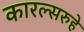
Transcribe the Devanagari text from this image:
कारल्सरुहे